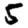
Digit: 5